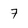
Character: 7